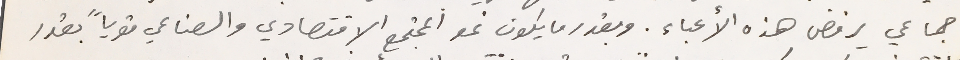
جماعي يرفض هذه الأعباء. وبقدر ما يكون نمو المجتمع الاقتصادي والصناعي قوياً بقدر